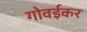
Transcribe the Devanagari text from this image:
गोवईकर